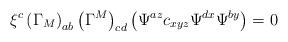
LaTeX: \begin{align*}\xi ^{c}\left( \Gamma _{M}\right) _{ab}\left( \Gamma ^{M}\right) _{cd}\left(\Psi ^{az}c_{xyz}\Psi ^{dx}\Psi ^{by}\right) =0 \end{align*}